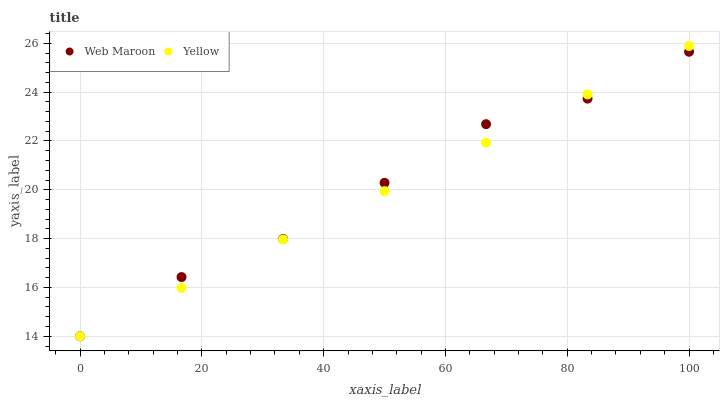
| xaxis_label | Web Maroon | Yellow |
 | --- | --- | --- |
 | 0 | 14 | 14 |
 | 16.7 | 16.4 | 16 |
 | 33.3 | 18 | 18 |
 | 50 | 20.3 | 19.9 |
 | 66.7 | 22.7 | 21.9 |
 | 83.3 | 23.7 | 23.9 |
 | 100 | 25.7 | 25.9 |